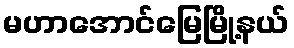
မဟာအောင်မြေမြို့နယ်